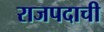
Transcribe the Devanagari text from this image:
राजपदाची